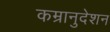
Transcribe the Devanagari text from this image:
कम्रानुदेशन